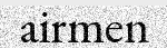
airmen